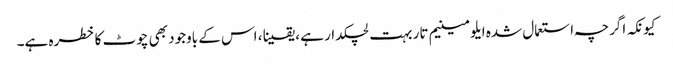
کیونکہ اگرچہ استعمال شدہ ایلومینیم تار بہت لچکدار ہے ، یقینا ، اس کے باوجود بھی چوٹ کا خطرہ ہے۔